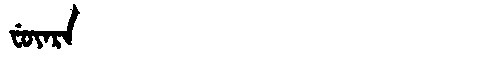
Manchu: ᠸᡠᠶᠠᡵᠠ
Romanization: FUYARA